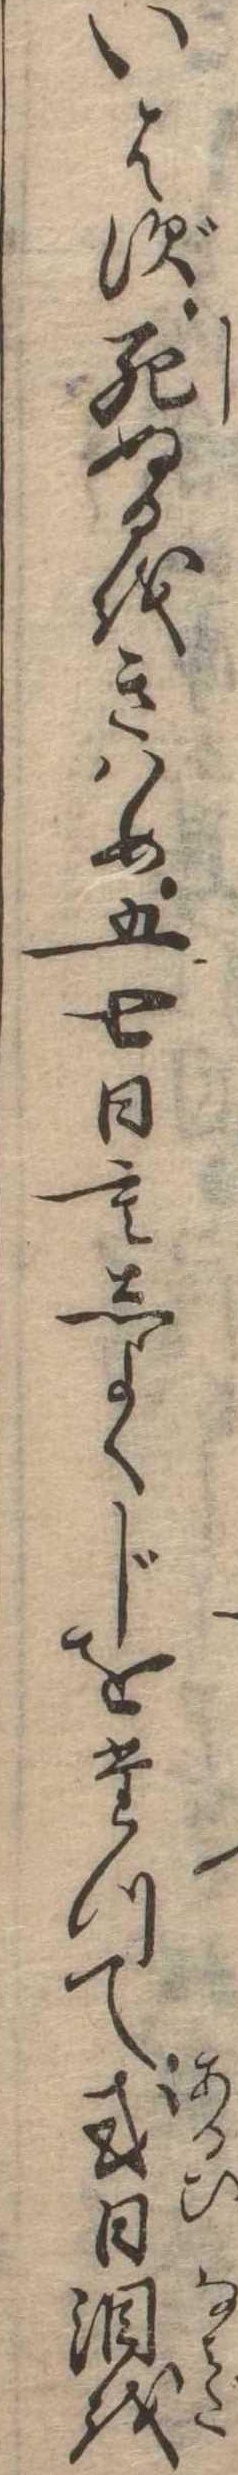
いはず死ぬるをきはめ五七日もしよくじをたつて或日涙を